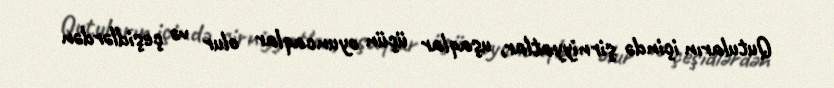
Qutuların içində şirniyyatlar, uşaqlar üçün oyuncaqlar olur və çeşidlərdən